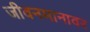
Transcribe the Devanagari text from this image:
जीवनमानावर